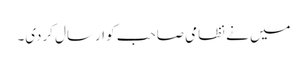
میں نے نظامی صاحب کو ارسال کردی۔